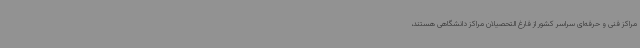
مراکز فنی و حرفه‌ای سراسر کشور از فارغ التحصیلان مراکز دانشگاهی هستند،